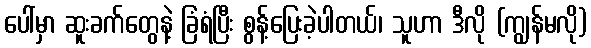
ပေါ်မှာ ဆူးခက်တွေနဲ့ ခြံရံပြီး စွန့်ပြေးခဲ့ပါတယ်၊ သူဟာ ဒီလို (ကျွန်မလို)